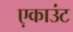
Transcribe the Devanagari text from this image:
ए़काउंट